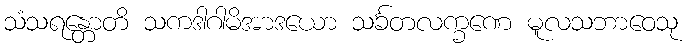
သံသရန္တောတိ သကဒါဂါမိအာဒယော သင်္ခတလက္ခဏေ မူလသဘာဝေသု